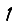
Digit: 1